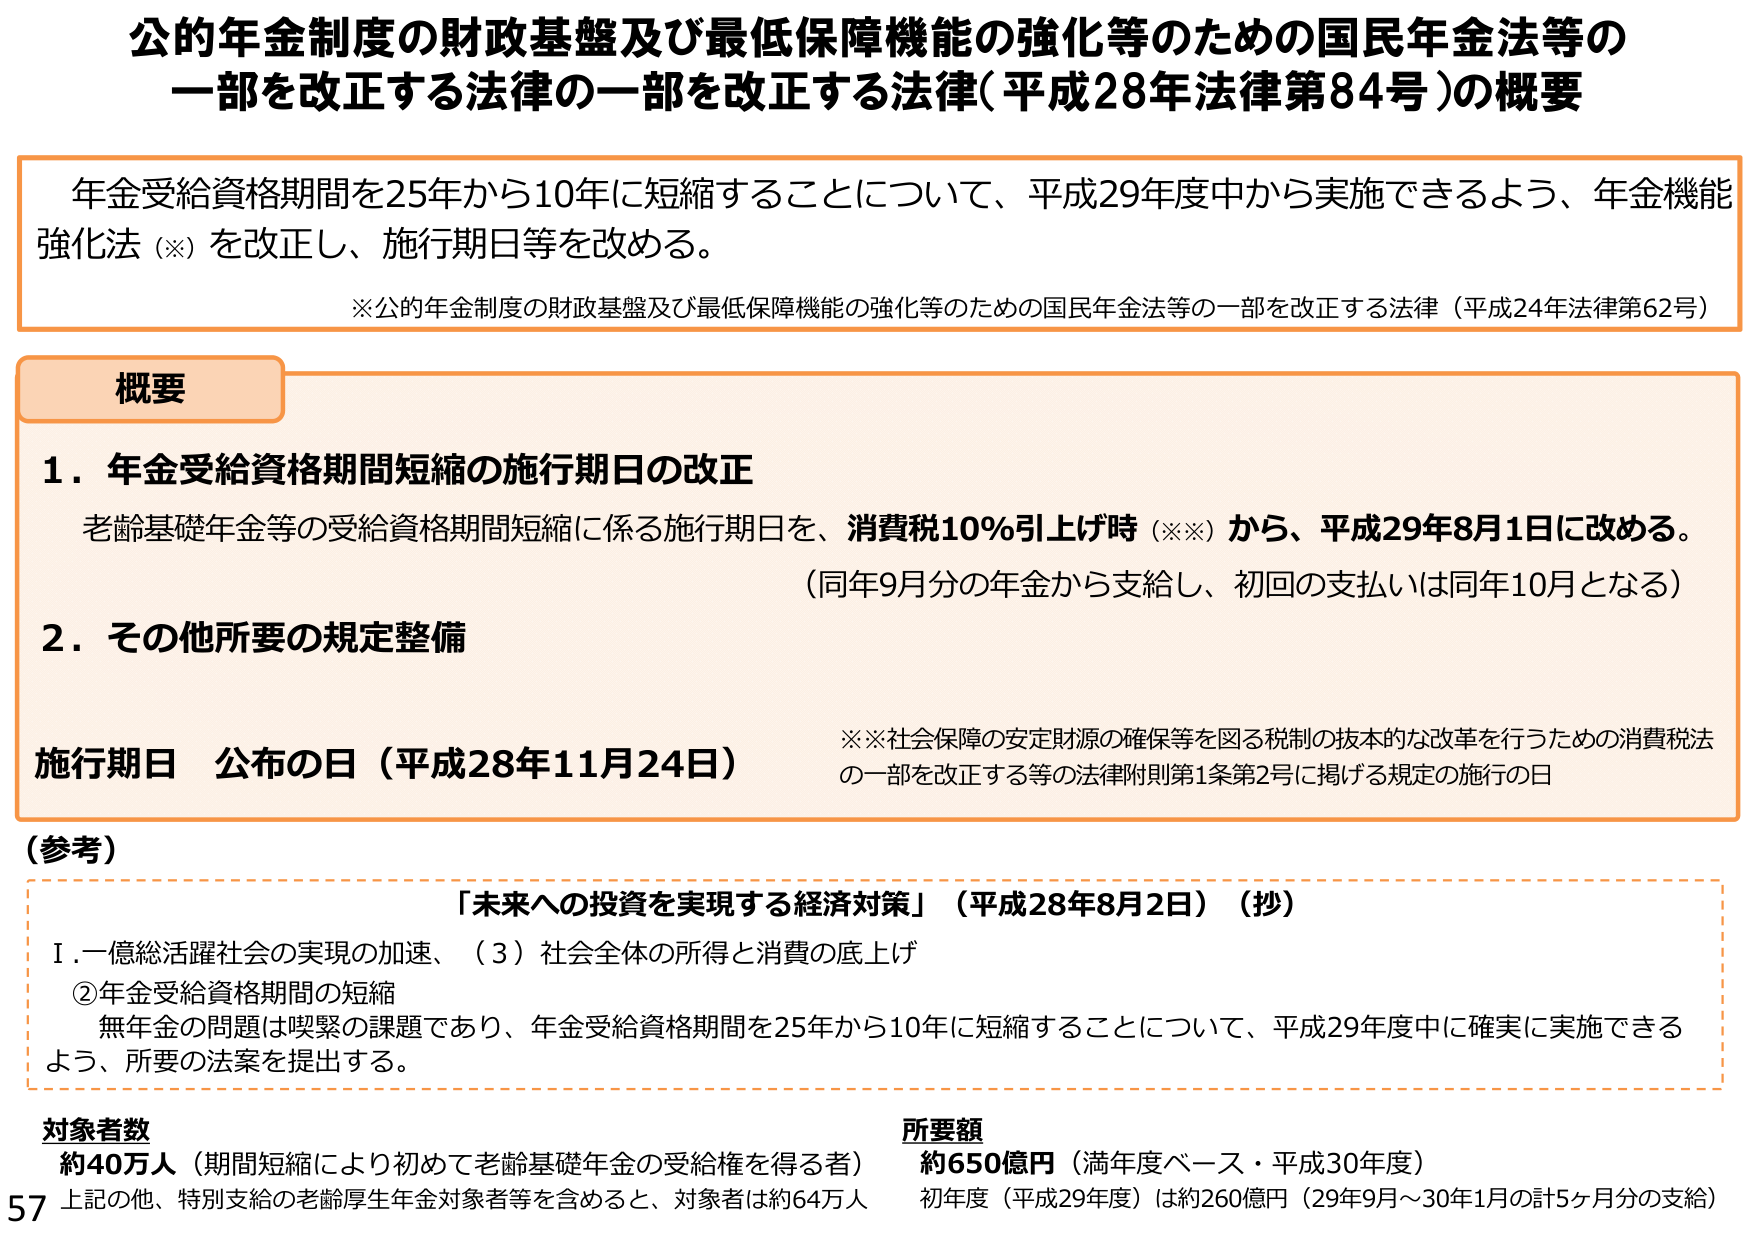
公的年金制度の財政基盤及び最低保障機能の強化等のための国民年金法等の一部を改正する法律の一部を改正する法律（平成28年法律第84号）の概要

年金受給資格期間を25年から10年に短縮することについて、平成29年度中から実施できるよう、年金機能強化法（※）を改正し、施行期日等を改める。

※公的年金制度の財政基盤及び最低保障機能の強化等のための国民年金法等の一部を改正する法律（平成24年法律第62号）

概要

1．年金受給資格期間短縮の施行期日の改正
老齢基礎年金等の受給資格期間短縮に係る施行期日を、消費税10％引上げ時（※※）から、平成29年8月1日に改める。
（同年9月分の年金から支給し、初回の支払いは同年10月となる）

2．その他所要の規定整備

施行期日 公布の日（平成28年11月24日）
※※社会保障の安定財源の確保等を図る税制の抜本的な改革を行うための消費税法の一部を改正する等の法律附則第1条第2号に掲げる規定の施行の日

（参考）
「未来への投資を実現する経済対策」（平成28年8月2日）（抄）
Ⅰ．一億総活躍社会の実現の加速、（3）社会全体の所得と消費の底上げ
②年金受給資格期間の短縮
無年金の問題は喫緊の課題であり、年金受給資格期間を25年から10年に短縮することについて、平成29年度中に確実に実施できるよう、所要の法案を提出する。

対象者数
約40万人（期間短縮により初めて老齢基礎年金の受給権を得る者）
上記の他、特別支給の老齢厚生年金対象者等を含めると、対象者は約64万人

所要額
約650億円（満年度ベース・平成30年度）
初年度（平成29年度）は約260億円（29年9月～30年1月の計5ヶ月分の支給）

57